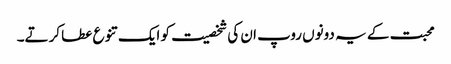
محبت کے یہ دونوں روپ ان کی شخصیت کو ایک تنوع عطا کرتے۔